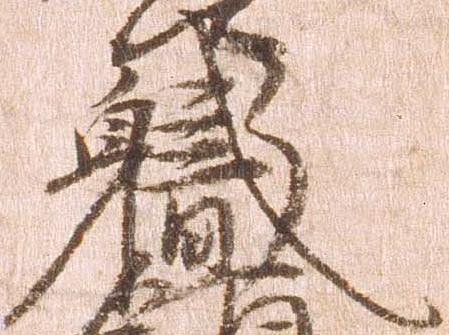
職